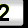
Digit: 2